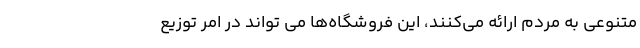
متنوعی به مردم ارائه می‌کنند، این فروشگاه‌ها می تواند در امر توزیع